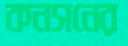
কনসনের